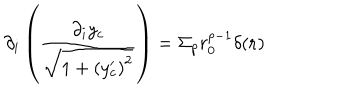
\partial _ { i } \left( \frac { \partial _ { i } y _ { c } } { \sqrt { 1 + \left( y _ { c } ^ { \prime } \right) ^ { 2 } } } \right) = \Sigma _ { p } r _ { 0 } ^ { p - 1 } \delta ( { \bf r } )